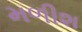
મળીશ